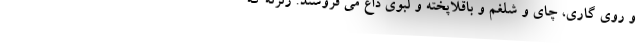
و روی گاری، چای و شلغم و باقلاپخته و لبوی داغ می فروشند. زلزله که